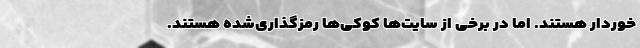
خوردار هستند. اما در برخی از سایت‌ها کوکی‌ها رمزگذاری‌شده‌ هستند.